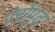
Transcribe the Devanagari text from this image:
ऐरोपुट